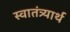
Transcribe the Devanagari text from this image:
स्वातंत्र्यार्थ